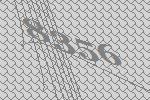
8356